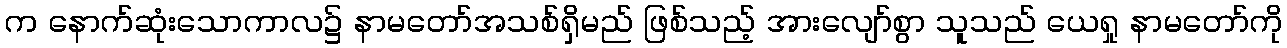
က နောက်ဆုံးသောကာလ၌ နာမတော်အသစ်ရှိမည် ဖြစ်သည့် အားလျော်စွာ သူသည် ယေရှု နာမတော်ကို